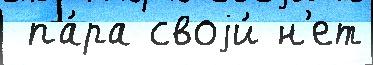
 па́ра своjи́ н'ет